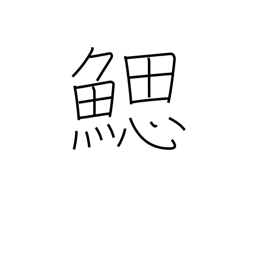
Meaning: gill slits